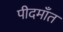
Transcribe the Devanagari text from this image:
पीदमाँत